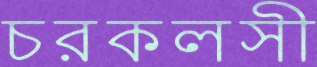
চরকলসী